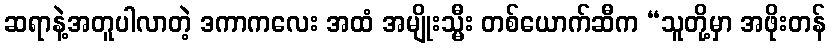
ဆရာနဲ့အတူပါလာတဲ့ ဒကာကလေး အထံ အမျိုးသ္မီး တစ်ယောက်ဆီက “သူတို့မှာ အဖိုးတန်